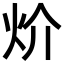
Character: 炌